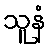
သူနံ